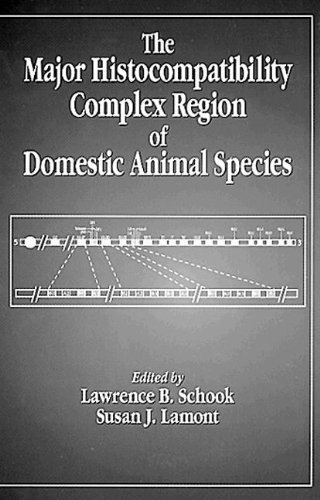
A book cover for The Major Histocompatibility Complex Region of Domestic Animal Species (Comparative Immunology); Lawrence B. Schook; Medical Books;